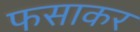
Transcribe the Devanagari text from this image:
फसाकर